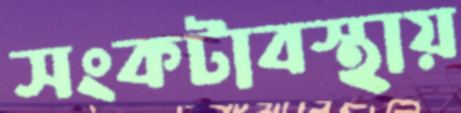
সংকটাবস্থায়